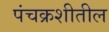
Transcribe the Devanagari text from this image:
पंचक्रशीतील